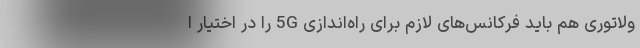
ولاتوری هم باید فرکانس‌های لازم برای راه‌اندازی 5G را در اختیار ا